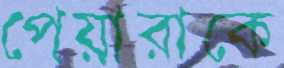
পেয়ারাকে